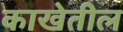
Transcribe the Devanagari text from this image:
काखेतील